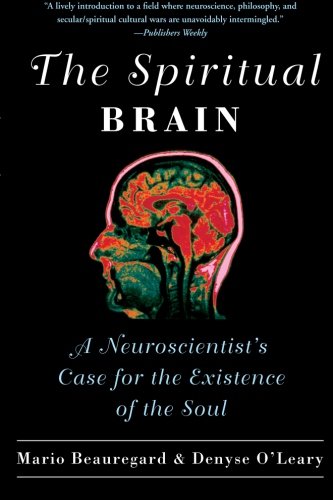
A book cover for The Spiritual Brain: A Neuroscientist's Case for the Existence of the Soul; Mario Beauregard; Religion & Spirituality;